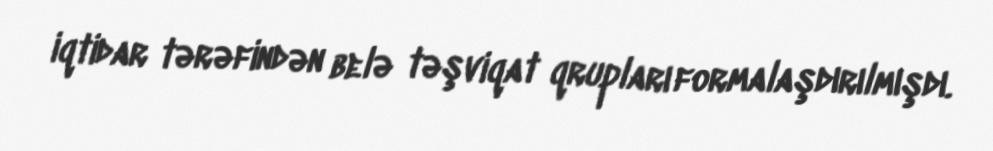
iqtidar tərəfindən belə təşviqat qrupları formalaşdırılmışdı.